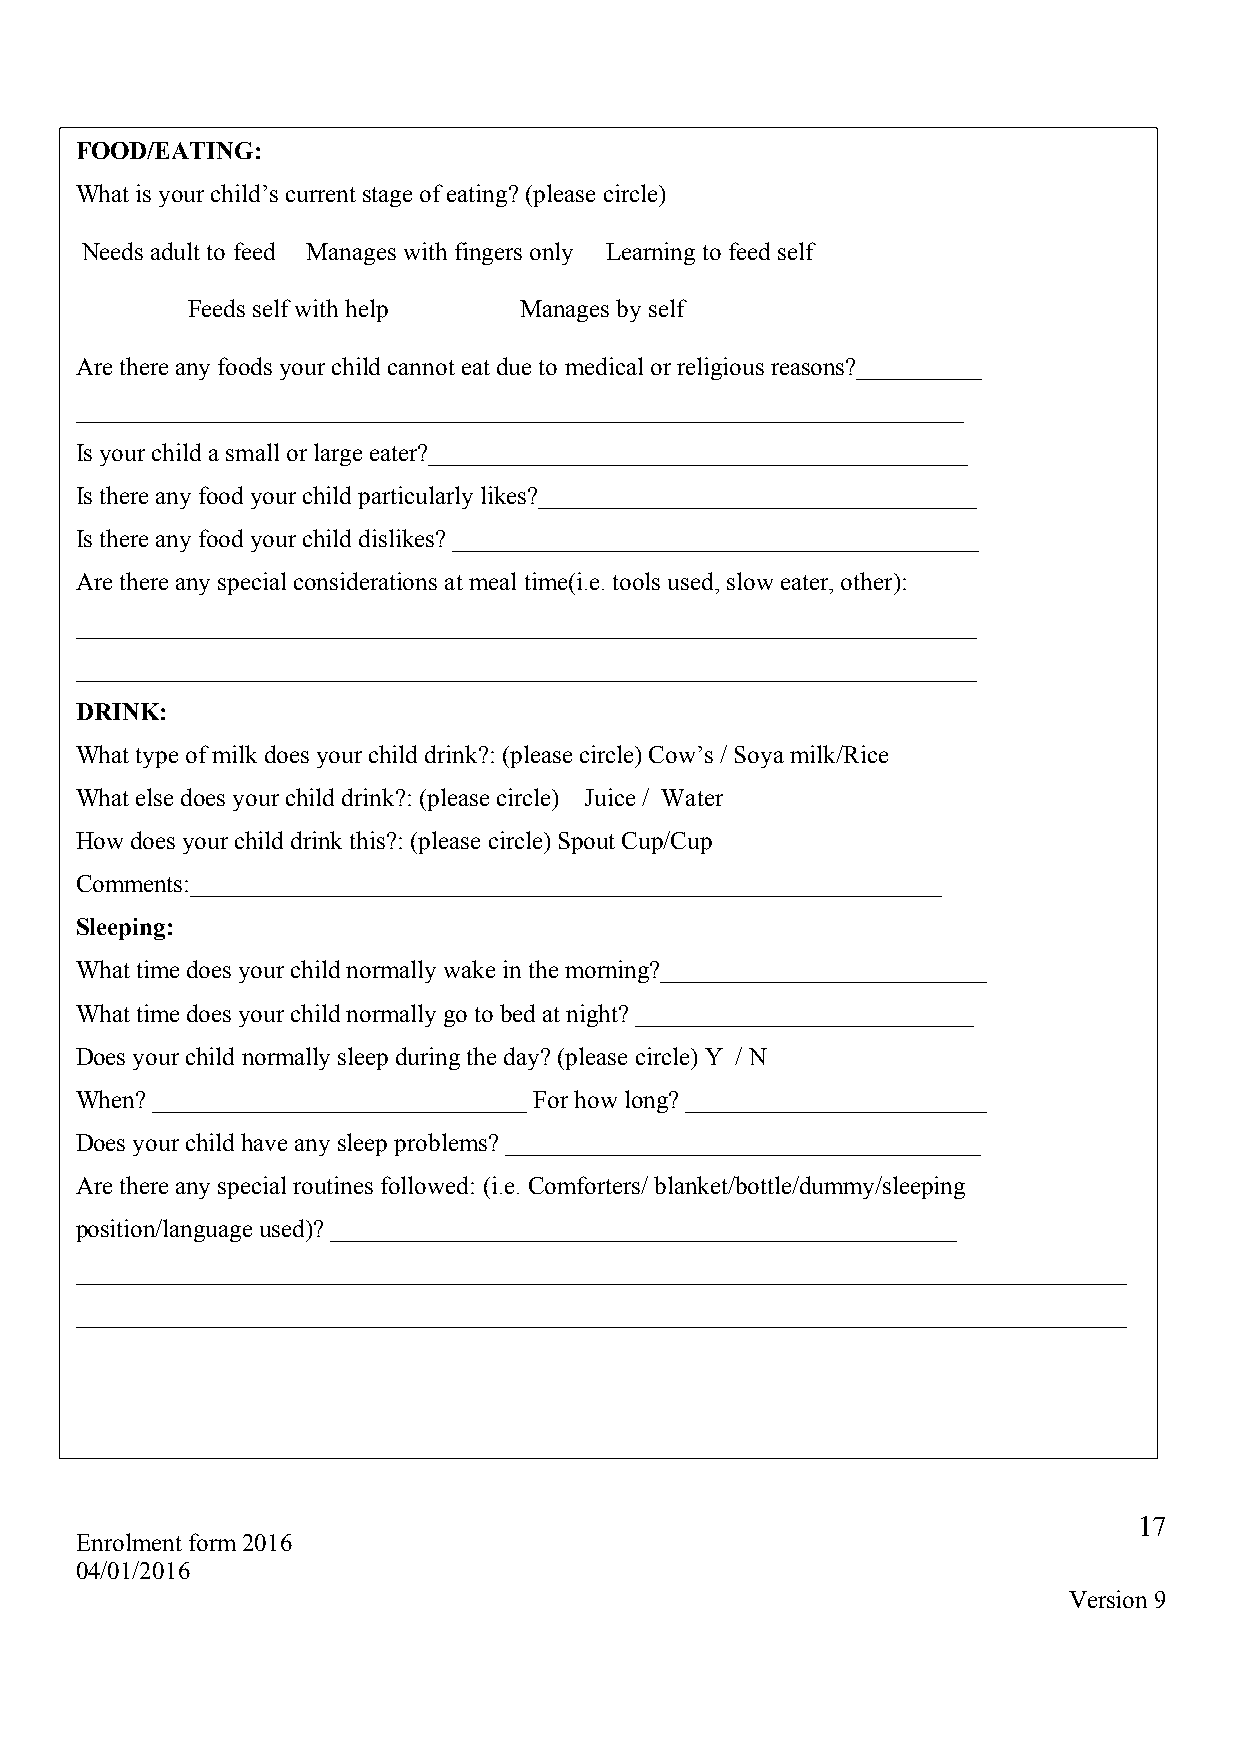
FOOD/EATING:
 What is your child’s current stage of eating? (please circle)
 Needs adult to feed Manages with fingers only Learning to feed self
 Feeds self with help  Manages by self
 Are there any foods your child cannot eat due to medical or religious reasons?__________
 _______________________________________________________________________
 Is your child a small or large eater?___________________________________________
 Is there any food your child particularly likes?___________________________________
 Is there any food your child dislikes? __________________________________________
 Are there any special considerations at meal time(i.e. tools used, slow eater, other):
 ________________________________________________________________________
 ________________________________________________________________________
 DRINK:
 What type of milk does your child drink?: (please circle) Cow’s / Soya milk/Rice
 What else does your child drink?: (please circle) Juice / Water
 How does your child drink this?: (please circle) Spout Cup/Cup
 Comments:____________________________________________________________
 Sleeping:
 What time does your child normally wake in the morning?__________________________
 What time does your child normally go to bed at night? ___________________________
 Does your child normally sleep during the day? (please circle) Y / N
 When? ______________________________ For how long? ________________________
 Does your child have any sleep problems? ______________________________________
 Are there any special routines followed: (i.e. Comforters/ blanket/bottle/dummy/sleeping
 position/language used)? __________________________________________________
 ____________________________________________________________________________________
 ____________________________________________________________________________________
 17
 Enrolment form 2016
 04/01/2016
 Version 9